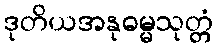
ဒုတိယအနုဓမ္မသုတ္တံ